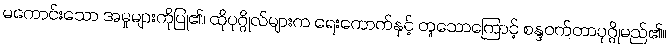
မကောင်းသော အမှုများကိုပြု၏၊ ထိုပုဂ္ဂိုလ်များက ရေးကောက်နှင့် တူသောကြောင့် စန္ဒဝက်တာပုဂ္ဂိုမည်၏။